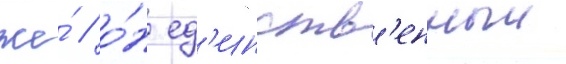
же́ / о́н ед'инств'енныи